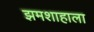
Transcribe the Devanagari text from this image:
झमशाहाला